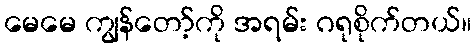
မေမေ ကျွန်တော့်ကို အရမ်း ဂရုစိုက်တယ်။